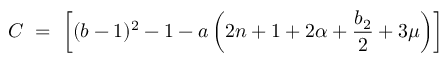
C \ = \ \left[ ( b - 1 ) ^ { 2 } - 1 - a \left( 2 n + 1 + 2 \alpha + \frac { b _ { 2 } } { 2 } + 3 \mu \right) \right]